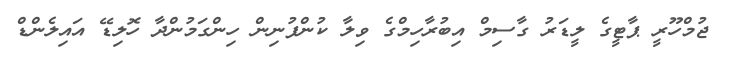
ޖުމްހޫރީ ޕާޓީގެ ލީޑަރު ގާސިމް އިބުރާހިމްގެ ވިލާ ކުންފުނިން ހިންގަމުންދާ ހޮލިޑޭ އައިލެންޑް